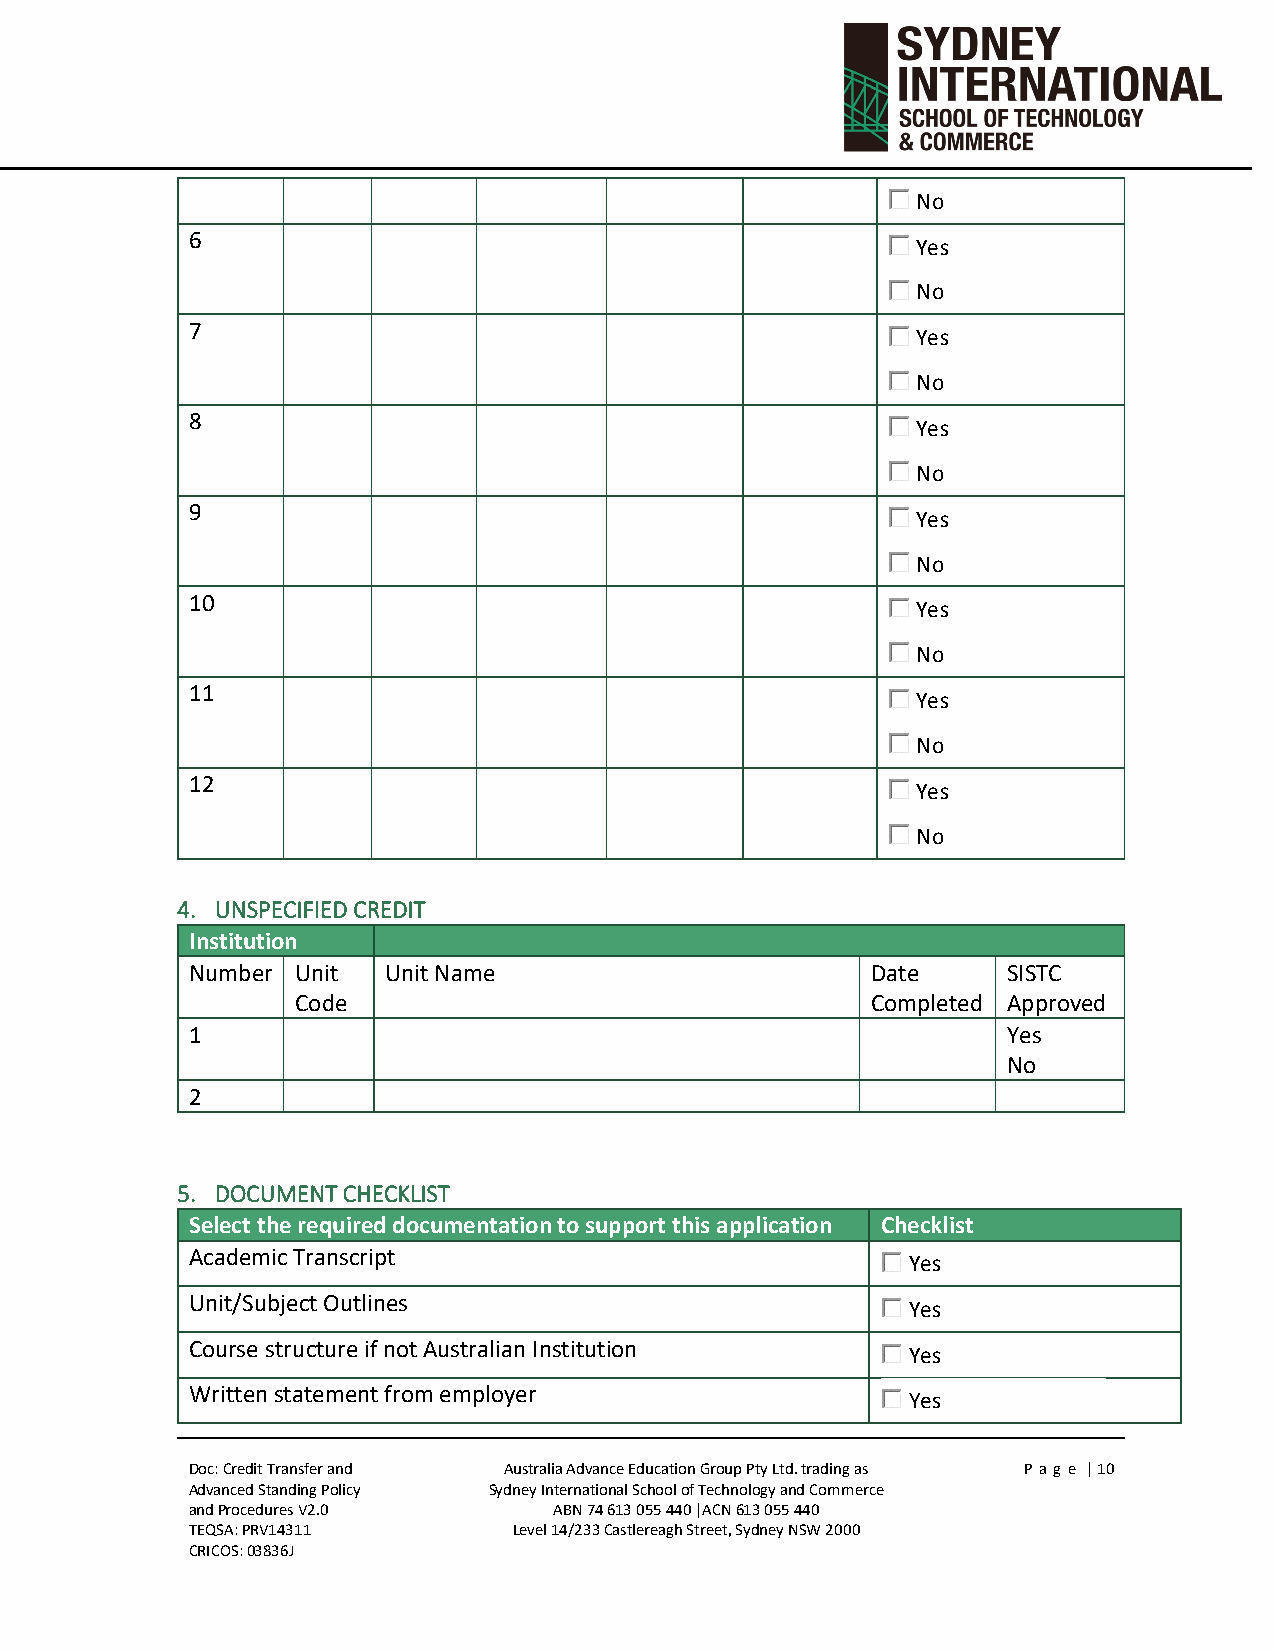
No
 6
 Yes
 No
 7
 Yes
 No
 8
 Yes
 No
 9
 Yes
 No
 10
 Yes
 No
 11
 Yes
 No
 12
 Yes
 No
 4. UNSPECIFIED CREDIT
 Institution
 Number Unit  Unit Name                       Date     SISTC
 Code                                  Completed Approved
 1                                                     Yes
 No
 2
 5. DOCUMENT CHECKLIST
 Select the required documentation to support this application Checklist
 Academic Transcript
 Yes
 Unit/Subject Outlines
 Yes
 Course structure if not Australian Institution
 Yes
 Written statement from employer
 Yes
 Doc: Credit Transfer and Australia Advance Education Group Pty Ltd. trading as P ag e | 10
 Advanced Standing Policy Sydney International School of Technology and Commerce
 and Procedures V2.0      ABN 74 613 055 440 |ACN 613 055 440
 TEQSA: PRV14311       Level 14/233 Castlereagh Street, Sydney NSW 2000
 CRICOS: 03836J